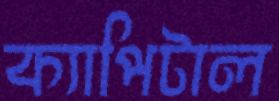
ক্যাপিটাল